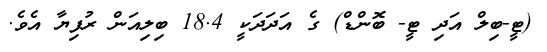
(ޓީ-ބިލް އަދި ޓީ- ބޮންޑް) ގެ އަދަދަކީ 18.4 ބިލިއަން ރުފިޔާ އެވެ.